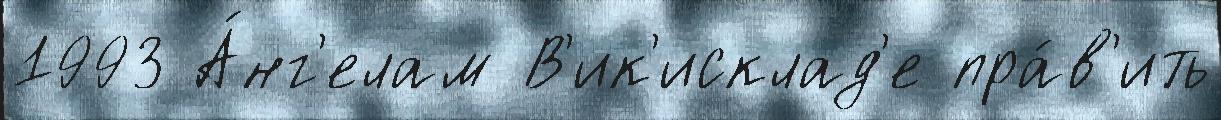
1993 А́нг'елам В'ик'исклад'е пра́в'ить